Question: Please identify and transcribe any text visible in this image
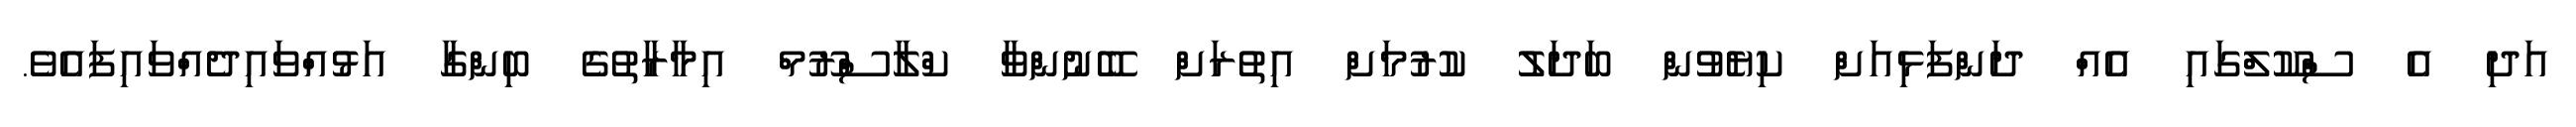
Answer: އަދި އެ ސްކޫލްގައި އެއް ދަންފަޅިއަށް ކިޔެވުން ބަދަލު ކުރުމަށް އިތުރަށް ބޭނުންވާ ކްލާސްރޫމް އިމާރާތުގެ ބިންގާ އަޅުއްވައިދެއްވައިފައެވެ.